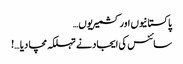
پاکستانیوں اور کشمیریوں…
سائنس کی ایجاد نے تہلکہ مچا دیا …!